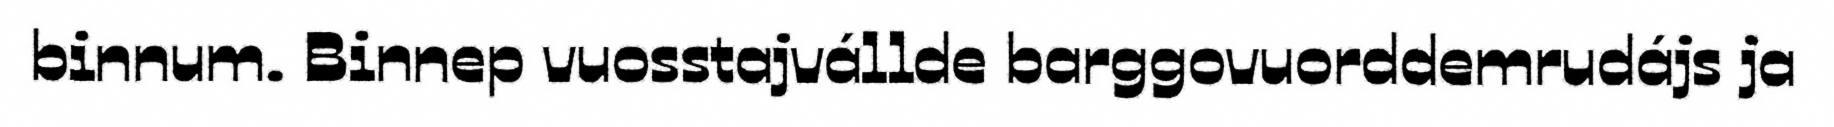
binnum. Binnep vuosstajvállde barggovuorddemrudájs ja